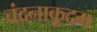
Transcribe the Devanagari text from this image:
चंदनाकूदम